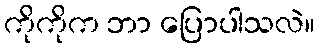
ကိုကိုက ဘာ ပြောပါသလဲ။